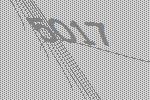
5017